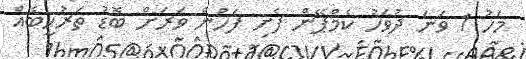
މަހު 1 ވަނަ ދުވަހު ކެމްޕޭން ފެށި ފަހުން ވަރަށް ބޮޑު ތަރުހީބެއް